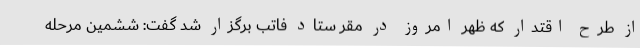
از طرح اقتدار که ظهر امروز در مقر ستاد فاتب برگزار شد گفت: ششمین مرحله